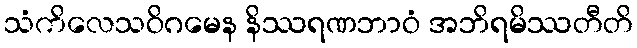
သံကိလေသဝိဂမေန နိဿရဏဘာဝံ အဘိရမိဿတီတိ